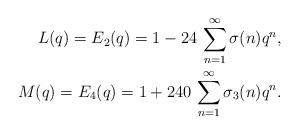
LaTeX: \begin{align*} L(q) = E_{2}(q) = 1-24\,\sum_{n=1}^{\infty}\sigma(n)q^{n}, \\M(q) = E_{4}(q) = 1 + 240\,\sum_{n=1}^{\infty}\sigma_{3}(n)q^{n}. \end{align*}